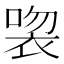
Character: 𲀱